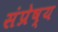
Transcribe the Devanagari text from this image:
संप्रेष्य